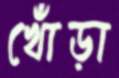
খোঁড়া